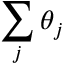
\sum _ { j } \theta _ { j }